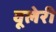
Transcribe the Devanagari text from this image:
वूलेरी